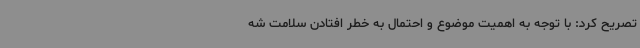
تصریح کرد: با توجه به اهمیت موضوع و احتمال به خطر افتادن سلامت شه